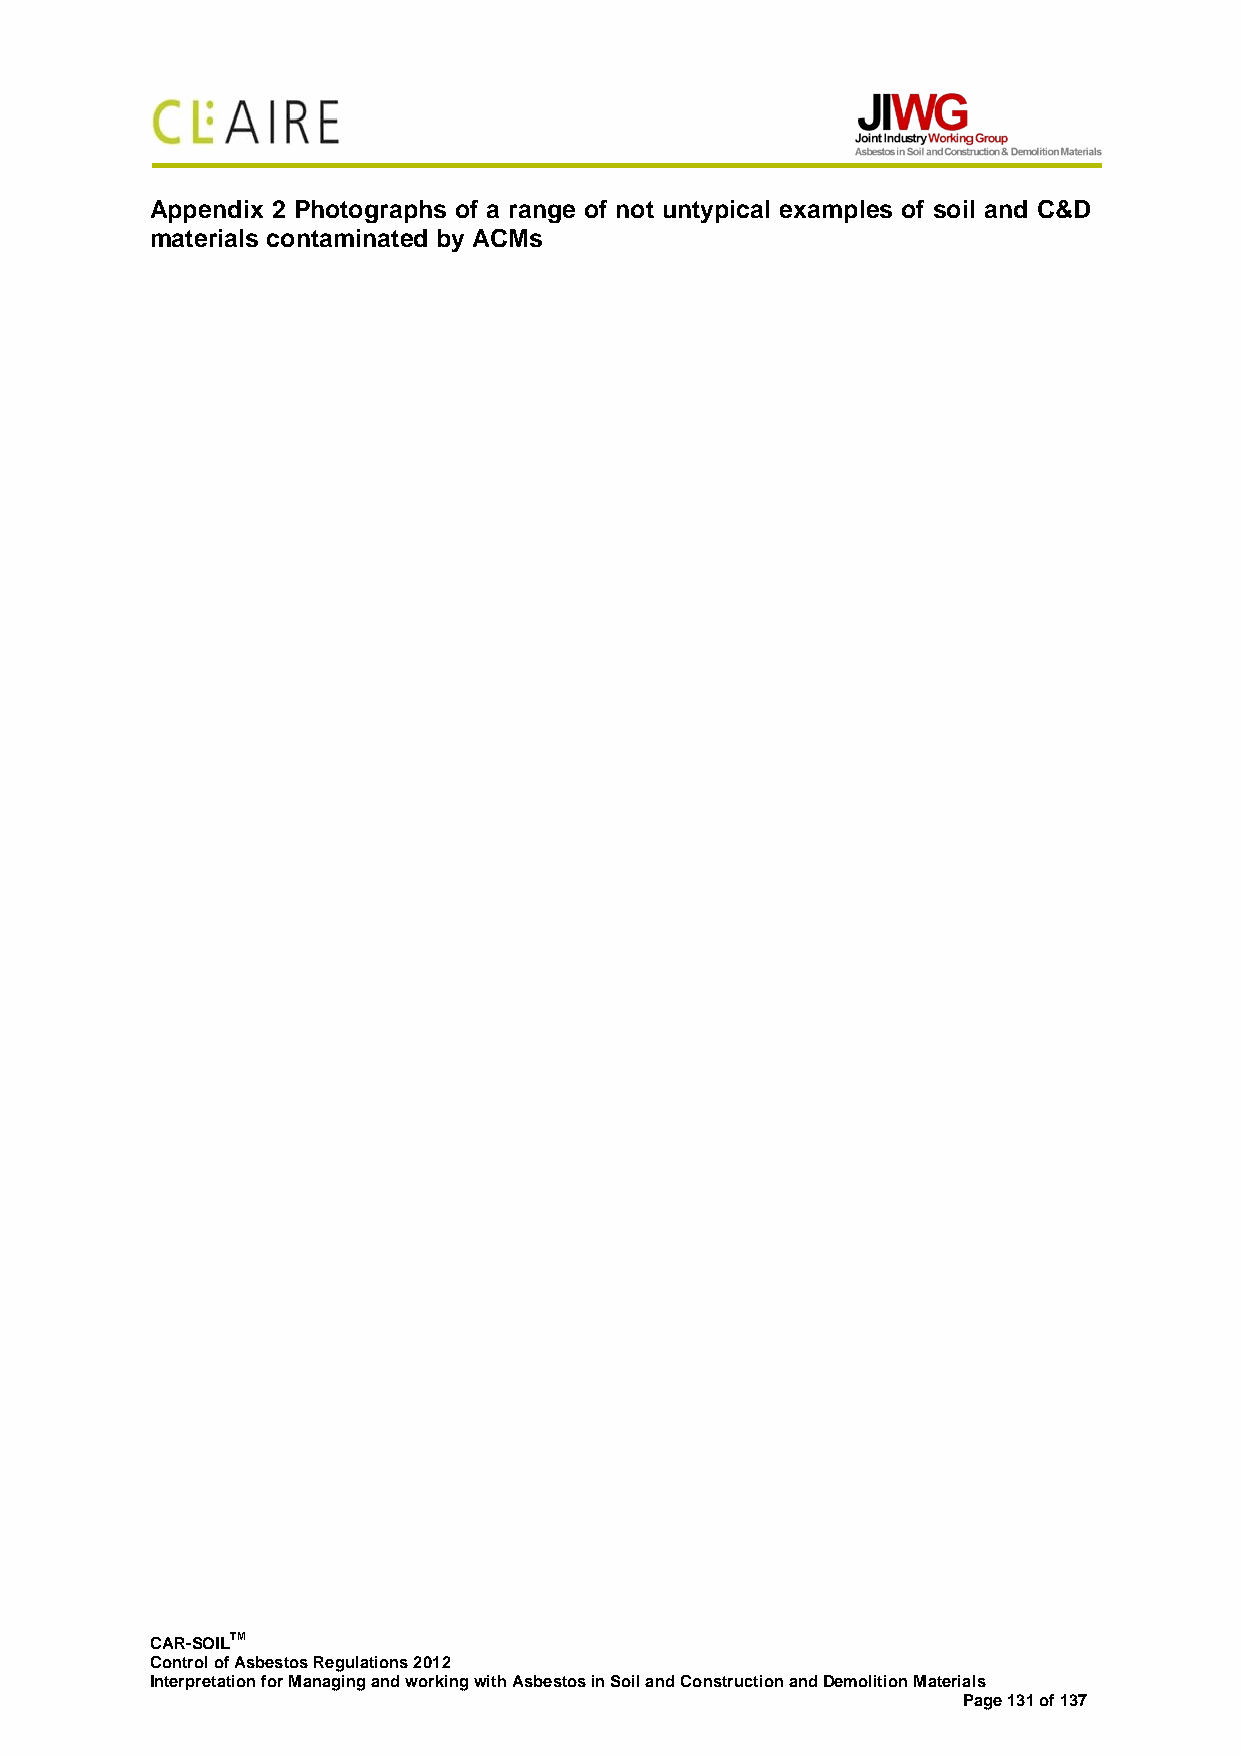
Appendix 2 Photographs of a range of not untypical examples of soil and C&D
 materials contaminated by ACMs
 CAR-SOILTM
 Control of Asbestos Regulations 2012
 Interpretation for Managing and working with Asbestos in Soil and Construction and Demolition Materials
 Page 131 of 137